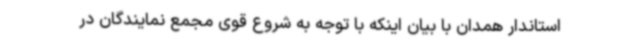
استاندار همدان با بیان اینکه با توجه به شروع قوی مجمع نمایندگان در